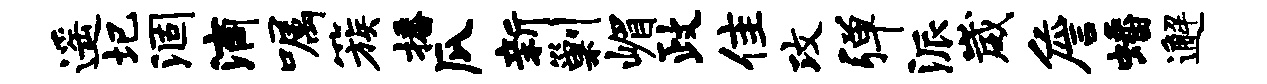
遥圮涸滴嘱簇播瓜新剿嵋政隹攻弹派崴詹蟠邂